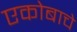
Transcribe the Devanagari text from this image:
एकोबाचे